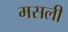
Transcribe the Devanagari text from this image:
मसली